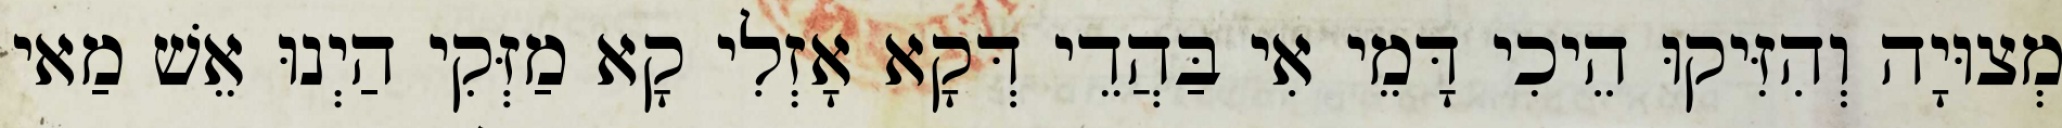
מְצוּיָה וְהִזִּיקוּ הֵיכִי דָּמֵי אִי בַּהֲדֵי דְּקָא אָזְלִי קָא מַזְּקִי הַיְנוּ אֵשׁ מַאי